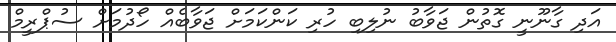
އަދި ގާނޫނީ ގޮތުން ޖަވާބު ނުލިބި ހުރި ކަންކަމަށް ޖަވާބެއް ހޯދުމަށް ސުޕްރީމް